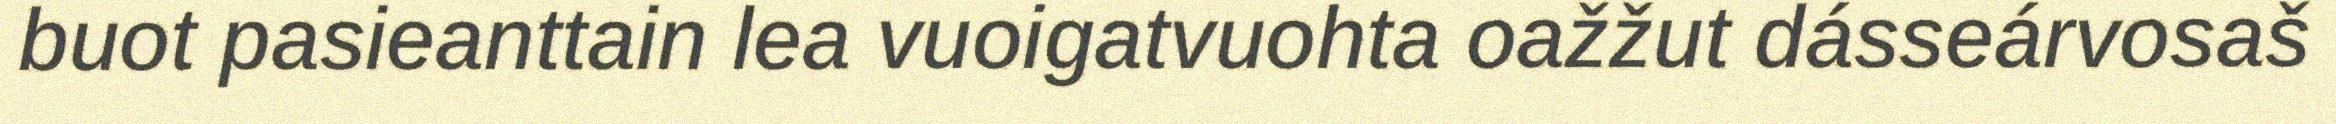
buot pasieanttain lea vuoigatvuohta oažžut dásseárvosaš